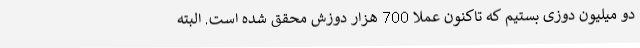
دو میلیون دوزی بستیم که تاکنون عملا 700 هزار دوزش محقق شده است. البته